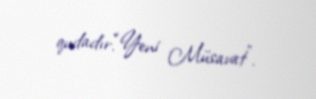
qudadır.“Yeni Müsavat”.